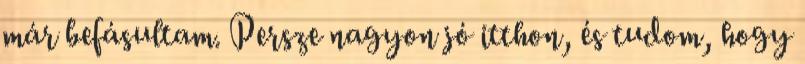
már befásultam. Persze nagyon jó itthon, és tudom, hogy